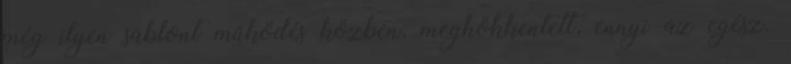
még ilyen sablont működés közben, meghökkentett, ennyi az egész.